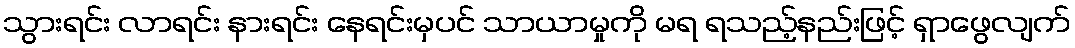
သွားရင်း လာရင်း နားရင်း နေရင်းမှပင် သာယာမှုကို မရ ရသည့်နည်းဖြင့် ရှာဖွေလျက်